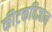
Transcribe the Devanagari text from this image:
कीटकविज्ञान